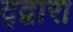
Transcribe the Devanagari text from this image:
द्द्वारा